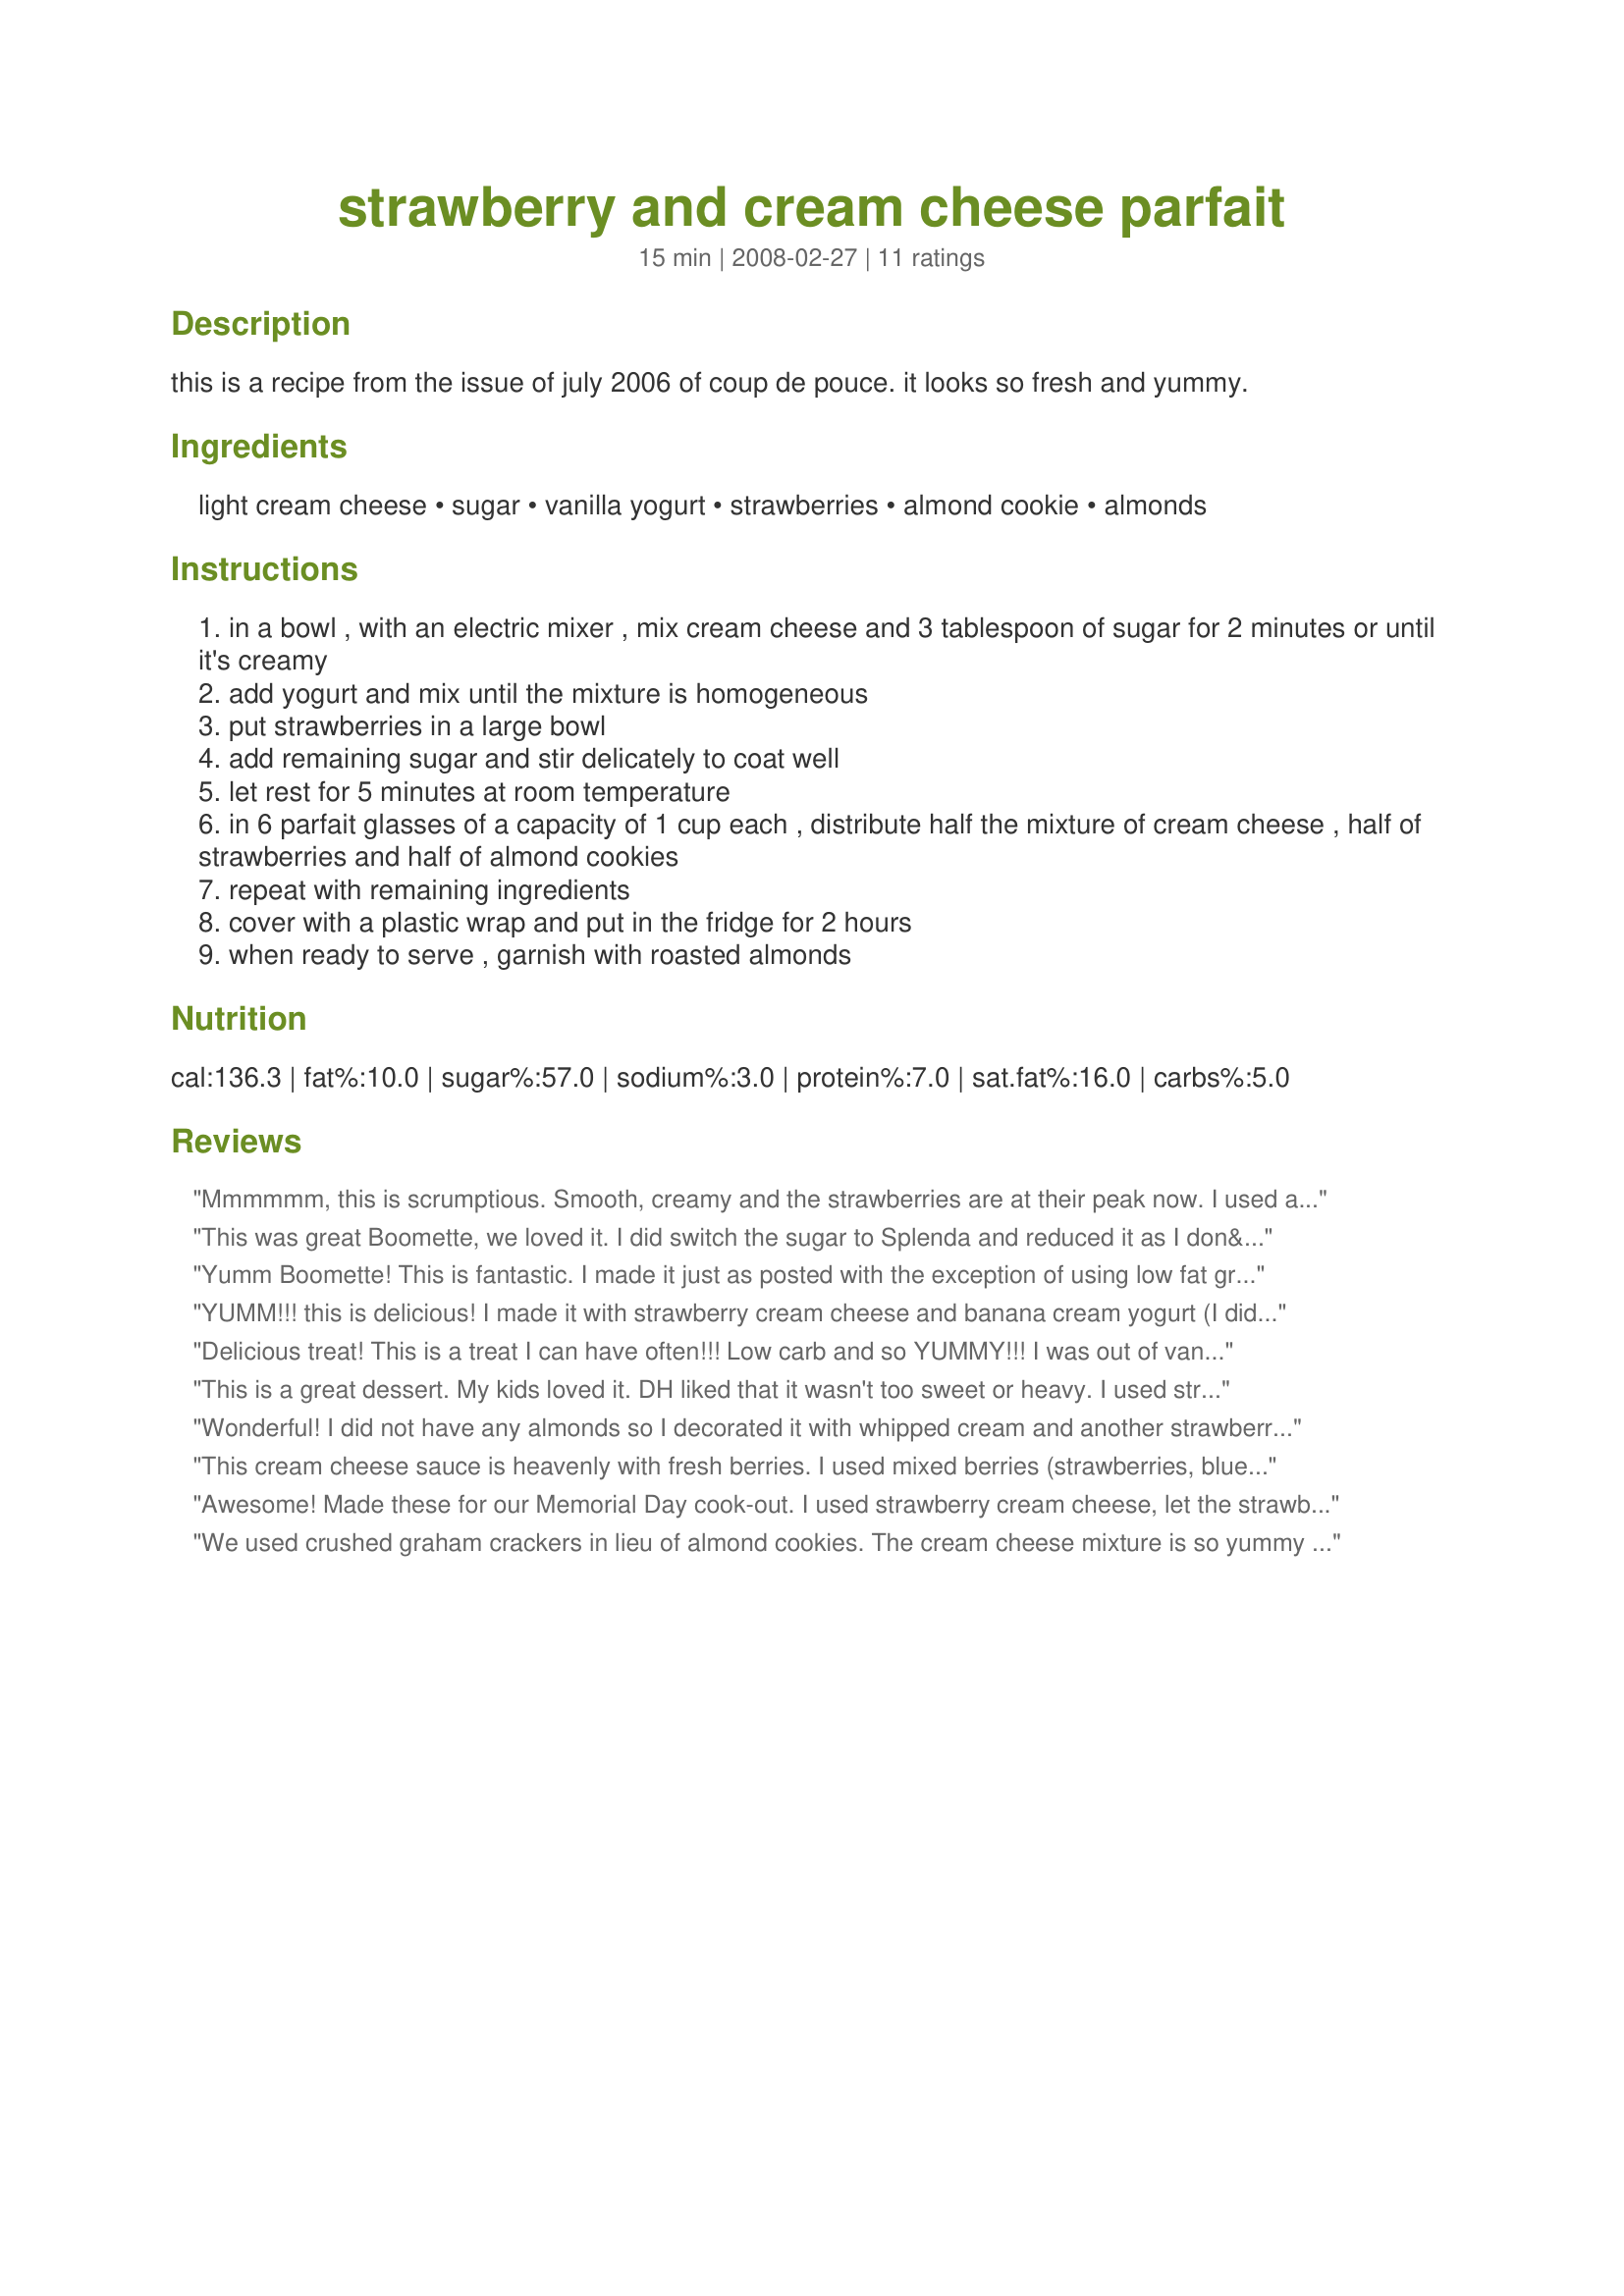
strawberry and cream cheese parfait
Preparation time: 15 minutes

this is a recipe from the issue of july 2006 of coup de pouce. it looks so fresh and yummy.

Ingredients:
light cream cheese, sugar, vanilla yogurt, strawberries, almond cookie, almonds

Steps:
in a bowl , with an electric mixer , mix cream cheese and 3 tablespoon of sugar for 2 minutes or until it's creamy
add yogurt and mix until the mixture is homogeneous
put strawberries in a large bowl
add remaining sugar and stir delicately to coat well
let rest for 5 minutes at room temperature
in 6 parfait glasses of a capacity of 1 cup each , distribute half the mixture of cream cheese , half of strawberries and half of almond cookies
repeat with remaining ingredients
cover with a plastic wrap and put in the fridge for 2 hours
when ready to serve , garnish with roasted almonds

Reviews:
Mmmmmm, this is scrumptious. Smooth, creamy and the strawberries are at their peak now. I used all Splenda and non fat yogurt. it's simple to make and looks lovely as well as tasting wonderful.
This was great Boomette, we loved it. I did switch the sugar to Splenda and reduced it as I don&#039;t like things to be too sweet. I used crushed graham crackers too but granola would be yummy also! Thanks for the simple recipe, I will make this again!
Yumm Boomette! This is fantastic. I made it just as posted with the exception of using low fat granola instead of the cookies. I also used a non-fat vanilla yogurt. To further reduce calories, we used Splenda instead of sugar. It is a hit and the family is already asking for me to make more! Thanks for posting!!
YUMM!!! this is delicious! I made it with strawberry cream cheese and banana cream yogurt (I didnt have vanilla)...but it was soooo good!!! I also used graham cracker crumbs in the middle layer and granola on top! YUM!!
Delicious treat! This is a treat I can have often!!! Low carb and so YUMMY!!! I was out of vanilla yogurt so I used strawberry banana. Heavenly! Thanks Boomette this will go in my favorite desserts book! Made for Potluck Tag
This is a great dessert. My kids loved it. DH liked that it wasn't too sweet or heavy. I used strawberry yogurt and cinnamon cookies. I love that it is so versatile as well, fresh mangoes would go great here too. This is something I know I'll be making often. Thanks Boomette. Made for Bevy Tag.
Wonderful! I did not have any almonds so I decorated it with whipped cream and another strawberry. This is a quick and easy dessert and I love the taste of the almond cookies. Made for Holiday Tag.
This cream cheese sauce is heavenly with fresh berries. I used mixed berries (strawberries, blueberries, raspberries, and blackberries) and served over angel food cake slices. I brought this to a dinner party, and everyone enjoyed it. So refreshing on a warm summer evening.
Awesome! Made these for our Memorial Day cook-out. I used strawberry cream cheese, let the strawberries sit in the fridge for two hours and Added sugar to the sauce so it was sinfully sweet but other than that, kept it as written. Awesome summer desert.
We used crushed graham crackers in lieu of almond cookies. 
The cream cheese mixture is so yummy alone, but in a parfait, mmmmm.......
I just found a great and easy breakfast recipe. I loved this parfait. I used granola in place of the almond cookie. This was so easy and fast to put together. Thanks for another wonderful recipe, Boomette. Made for August, 2008 Bevy Tag.
